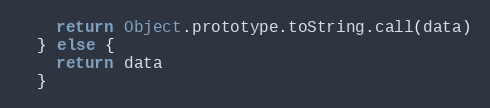
Language: JavaScript
    return Object.prototype.toString.call(data)
  } else {
    return data
  }